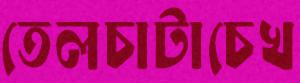
তেলচাটাচেখ